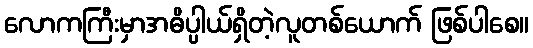
လောကကြီးမှာအဓိပ္ပါယ်ရှိတဲ့လူတစ်ယောက် ဖြစ်ပါစေ။